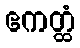
ဧကတ္ထံ